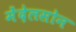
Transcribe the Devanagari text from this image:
मेंदेलसोन